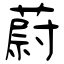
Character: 蔚